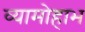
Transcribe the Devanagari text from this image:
व्यामोहाभ